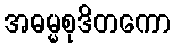
အဓမ္မစုဒိတကော